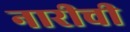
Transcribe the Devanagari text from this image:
नारीची